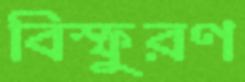
বিস্ফুরণ